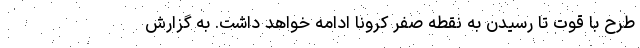
طرح با قوت تا رسیدن به نقطه صفر کرونا ادامه خواهد داشت. به گزارش